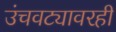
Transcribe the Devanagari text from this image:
उंचवट्यावरही